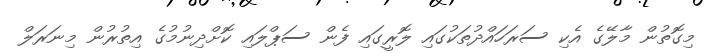
މިގޮތުން މާލޭގެ އެކި ސަރަހައްދުތަކުގައި ލޮރީގައި ފެން ސަޕްލައި ކޮށްދިނުމުގެ އިތުރުން މިނަރަލް